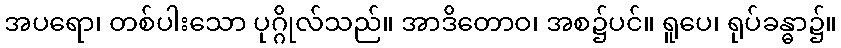
အပရော၊ တစ်ပါးသော ပုဂ္ဂိုလ်သည်။ အာဒိတောဝ၊ အစ၌ပင်။ ရူပေ၊ ရုပ်ခန္ဓာ၌။